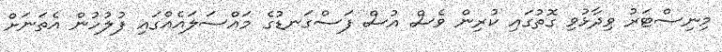
މިނިސްޓަރު ވިދާޅުވި ގޮތުގައި ކުރިން ވެސް އުސް ފަސްގަނޑުގެ މައްސަލައެއްގައި ފުލުހުން އެތަނަށް